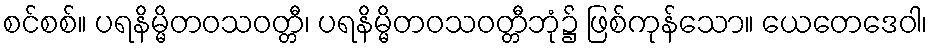
စင်စစ်။ ပရနိမ္မိတဝသဝတ္တီ၊ ပရနိမ္မိတဝသဝတ္တီဘုံ၌ ဖြစ်ကုန်သော။ ယေတေဒေဝါ၊